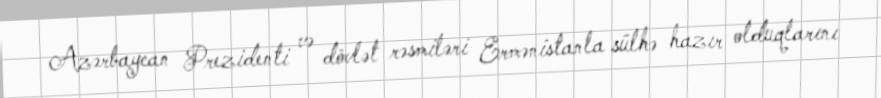
Azərbaycan Prezidenti və dövlət rəsmiləri Ermənistanla sülhə hazır olduqlarını